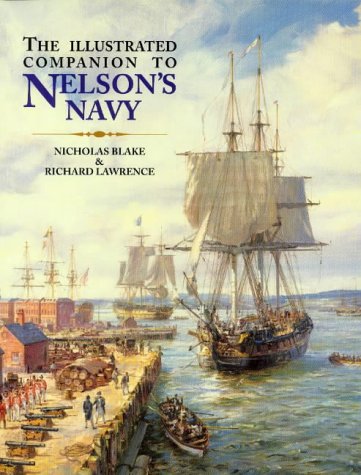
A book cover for The Illustrated Companion to Nelson's Navy: A Guide to the Fiction of the Napoleonic Wars; Nicholas Blake; Engineering & Transportation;